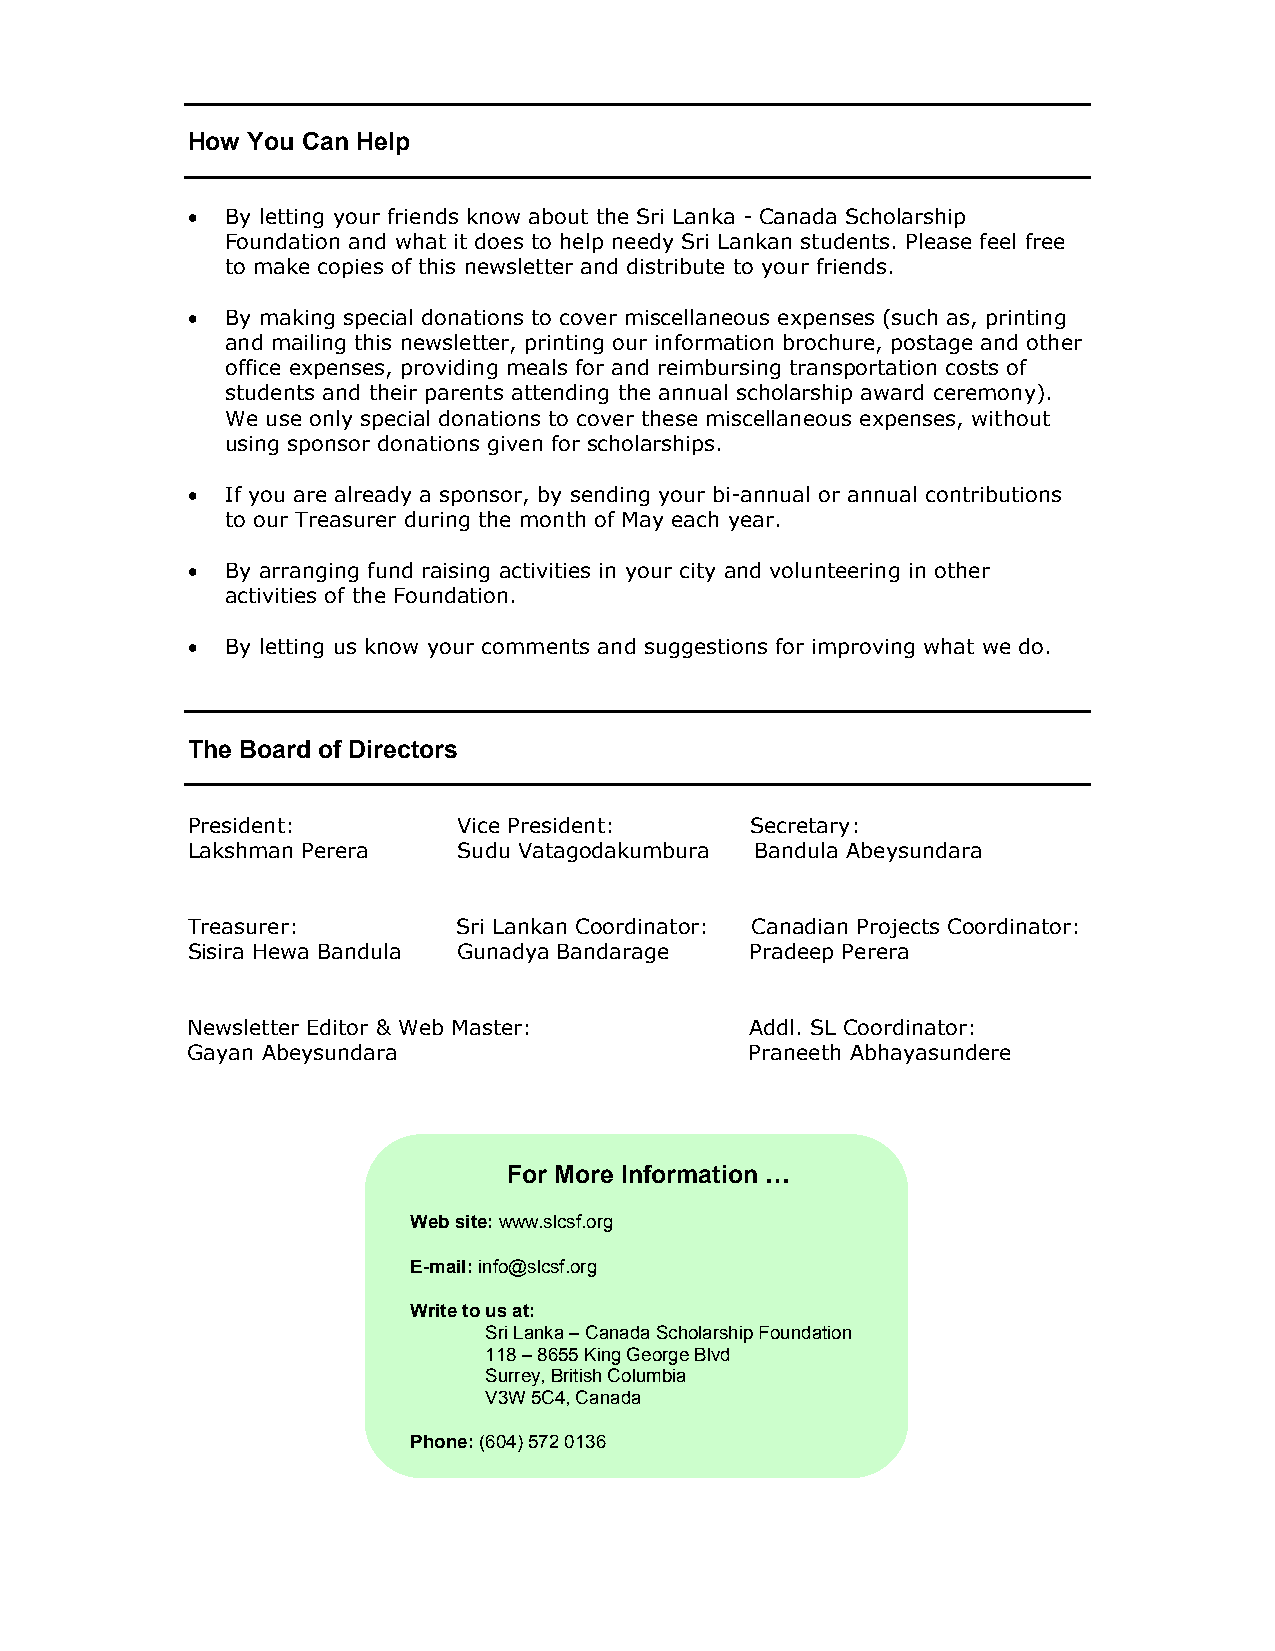
How You Can Help
 •  By letting your friends know about the Sri Lanka - Canada Scholarship
 Foundation and what it does to help needy Sri Lankan students. Please feel free
 to make copies of this newsletter and distribute to your friends.
 •  By making special donations to cover miscellaneous expenses (such as, printing
 and mailing this newsletter, printing our information brochure, postage and other
 office expenses, providing meals for and reimbursing transportation costs of
 students and their parents attending the annual scholarship award ceremony).
 We use only special donations to cover these miscellaneous expenses, without
 using sponsor donations given for scholarships.
 •  If you are already a sponsor, by sending your bi-annual or annual contributions
 to our Treasurer during the month of May each year.
 •  By arranging fund raising activities in your city and volunteering in other
 activities of the Foundation.
 •  By letting us know your comments and suggestions for improving what we do.
 The Board of Directors
 President:        Vice President:     Secretary:
 Lakshman Perera   Sudu Vatagodakumbura Bandula Abeysundara
 Treasurer:        Sri Lankan Coordinator: Canadian Projects Coordinator:
 Sisira Hewa Bandula Gunadya Bandarage Pradeep Perera
 Newsletter Editor & Web Master:       Addl. SL Coordinator:
 Gayan Abeysundara                     Praneeth Abhayasundere
 For More Information …
 W eb site: www.slcsf.org
 E-mail: info@slcsf.org
 Write to us at:
 Sri Lanka – Canada Scholarship Foundation
 118 – 8655 King George Blvd
 Surrey, British Columbia
 V3W 5C4, Canada
 Phone: (604) 572 0136